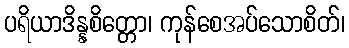
ပရိယာဒိန္နစိတ္တော၊ ကုန်စေအပ်သောစိတ်၊